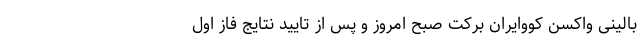
بالینی واکسن کووایران برکت صبح امروز و پس از تایید نتایج فاز اول